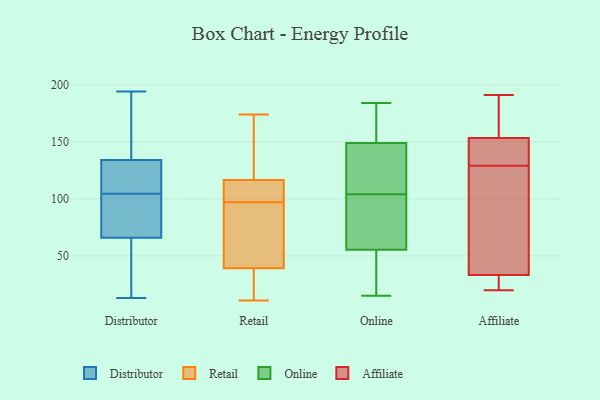
{"axis": {"x": "Revenue (USD Million)", "y": "Value"}, "legend": ["Affiliate", "Distributor", "Online", "Retail"], "data": [{"x": "", "y": 13, "type": "Distributor"}, {"x": "", "y": 104, "type": "Distributor"}, {"x": "", "y": 32, "type": "Distributor"}, {"x": "", "y": 194, "type": "Distributor"}, {"x": "", "y": 164, "type": "Distributor"}, {"x": "", "y": 105, "type": "Distributor"}, {"x": "", "y": 17, "type": "Distributor"}, {"x": "", "y": 179, "type": "Distributor"}, {"x": "", "y": 145, "type": "Distributor"}, {"x": "", "y": 92, "type": "Distributor"}, {"x": "", "y": 66, "type": "Distributor"}, {"x": "", "y": 109, "type": "Distributor"}, {"x": "", "y": 47, "type": "Distributor"}, {"x": "", "y": 74, "type": "Distributor"}, {"x": "", "y": 116, "type": "Distributor"}, {"x": "", "y": 106, "type": "Distributor"}, {"x": "", "y": 134, "type": "Distributor"}, {"x": "", "y": 76, "type": "Distributor"}, {"x": "", "y": 100, "type": "Retail"}, {"x": "", "y": 28, "type": "Retail"}, {"x": "", "y": 109, "type": "Retail"}, {"x": "", "y": 93, "type": "Retail"}, {"x": "", "y": 55, "type": "Retail"}, {"x": "", "y": 34, "type": "Retail"}, {"x": "", "y": 15, "type": "Retail"}, {"x": "", "y": 56, "type": "Retail"}, {"x": "", "y": 118, "type": "Retail"}, {"x": "", "y": 174, "type": "Retail"}, {"x": "", "y": 122, "type": "Retail"}, {"x": "", "y": 112, "type": "Retail"}, {"x": "", "y": 19, "type": "Retail"}, {"x": "", "y": 158, "type": "Retail"}, {"x": "", "y": 97, "type": "Retail"}, {"x": "", "y": 86, "type": "Retail"}, {"x": "", "y": 148, "type": "Retail"}, {"x": "", "y": 11, "type": "Retail"}, {"x": "", "y": 100, "type": "Retail"}, {"x": "", "y": 112, "type": "Online"}, {"x": "", "y": 184, "type": "Online"}, {"x": "", "y": 125, "type": "Online"}, {"x": "", "y": 59, "type": "Online"}, {"x": "", "y": 18, "type": "Online"}, {"x": "", "y": 147, "type": "Online"}, {"x": "", "y": 96, "type": "Online"}, {"x": "", "y": 146, "type": "Online"}, {"x": "", "y": 16, "type": "Online"}, {"x": "", "y": 52, "type": "Online"}, {"x": "", "y": 89, "type": "Online"}, {"x": "", "y": 130, "type": "Online"}, {"x": "", "y": 15, "type": "Online"}, {"x": "", "y": 85, "type": "Online"}, {"x": "", "y": 172, "type": "Online"}, {"x": "", "y": 92, "type": "Online"}, {"x": "", "y": 36, "type": "Online"}, {"x": "", "y": 151, "type": "Online"}, {"x": "", "y": 184, "type": "Online"}, {"x": "", "y": 179, "type": "Online"}, {"x": "", "y": 129, "type": "Affiliate"}, {"x": "", "y": 144, "type": "Affiliate"}, {"x": "", "y": 191, "type": "Affiliate"}, {"x": "", "y": 154, "type": "Affiliate"}, {"x": "", "y": 33, "type": "Affiliate"}, {"x": "", "y": 20, "type": "Affiliate"}, {"x": "", "y": 34, "type": "Affiliate"}, {"x": "", "y": 26, "type": "Affiliate"}, {"x": "", "y": 112, "type": "Affiliate"}, {"x": "", "y": 151, "type": "Affiliate"}, {"x": "", "y": 155, "type": "Affiliate"}]}